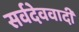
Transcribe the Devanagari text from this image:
सर्वदेववादी